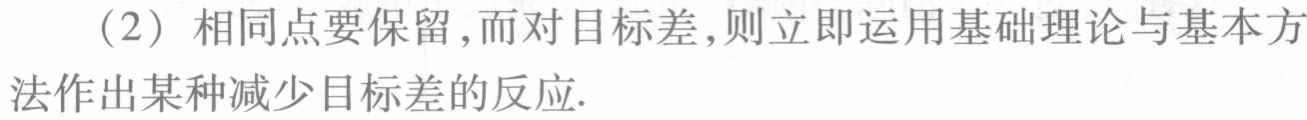
（2）相同点要保留，而对目标差，则立即运用基础理论与基本方法作出某种减少目标差的反应.